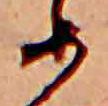
め